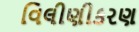
વિલીણીકરણ